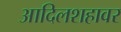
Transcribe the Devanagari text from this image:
आदिलशहावर